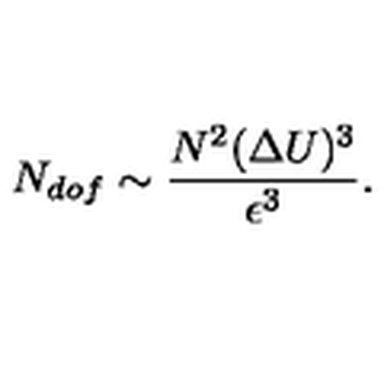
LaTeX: N _ { d o f } \sim \frac { N ^ { 2 } ( \Delta U ) ^ { 3 } } { \epsilon ^ { 3 } } .